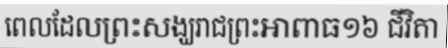
ពេលដែលព្រះសង្ឃរាជព្រះអាពាធ១៦ ជីវិតា